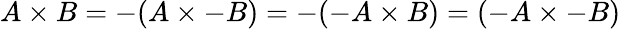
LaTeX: A\times B=-(A\times-B)=-(-A\times B)=(-A\times-B)